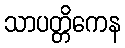
သာပတ္တိကေန